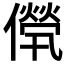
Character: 𠎽